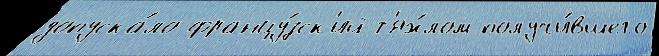
допуска́ло францу́зск'ий т'яж́лом получи́вшего